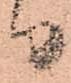
り